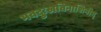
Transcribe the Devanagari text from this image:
भवदुःखविनाशिनीम्